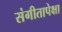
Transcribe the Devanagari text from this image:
संगीतापेक्षा